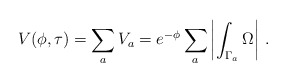
\begin{align*}V(\phi,\tau) = \sum_a V_a = e^{- \phi} \sum_a \left|\int_{\Gamma_a} \Omega\right| \,.\end{align*}